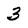
Character: 3